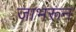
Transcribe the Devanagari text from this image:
जाभरून